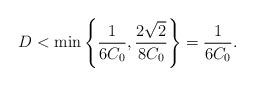
\begin{align*}D< \min\left\{\frac{1}{6C_0}, \frac{2\sqrt{2}}{8C_0}\right\}=\frac{1}{6C_0}.\end{align*}